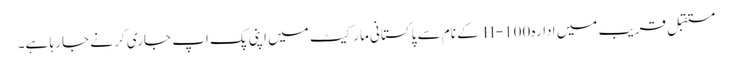
مستقبل قریب میں ادارہ H-100 کے نام سے پاکستانی مارکیٹ میں اپنی پک اپ جاری کر نے جا رہا ہے۔